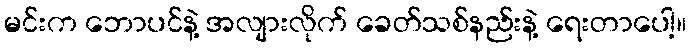
မင်းက ဘောပင်နဲ့ အလျားလိုက် ခေတ်သစ်နည်းနဲ့ ရေးတာပေါ့။